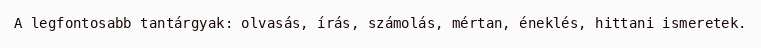
A legfontosabb tantárgyak: olvasás, írás, számolás, mértan, éneklés, hittani ismeretek.